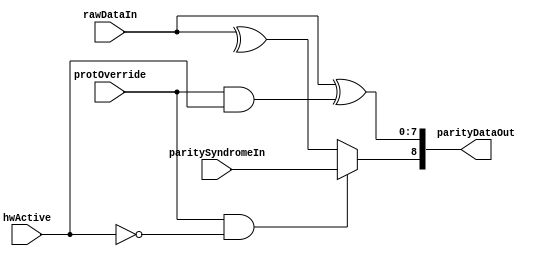
//////////////////////////////////////////////////////////////////////////////
// Copyright (c) 2006, Cisco Systems, Inc.
// All Rights Reserved.
//
// This is UNPUBLISHED PROPRIETARY SOURCE CODE of Cisco Systems, Inc;
// the contents of this file may not be disclosed to third parties, copied or
// duplicated in any form, in whole or in part, without the prior written
// permission of Cisco Systems, Inc.
//
// RESTRICTED RIGHTS LEGEND:
// Use, duplication or disclosure by the Government is subject to restrictions
// as set forth in subdivision (c)(1)(ii) of the Rights in Technical Data
// and Computer Software clause at DFARS 252.227-7013, and/or in similar or
// successor clauses in the FAR, DOD or NASA FAR Supplement. Unpublished -
// rights reserved under the Copyright Laws of the United States.
//
//////////////////////////////////////////////////////////////////////////////
//
// File          : CapParityGen
// Description   : Parity Generator
// $Heading$
//
//
//////////////////////////////////////////////////////////////////////////////


`timescale 1ns / 1ns

module CapParityGen 
   #(parameter WIDTH =8)
   ( 
    input  wire [WIDTH-1:0]                rawDataIn,
    input  wire                            hwActive,
    input  wire [0:0]                      paritySyndromeIn,
    input  wire                            protOverride,
     
    output wire [WIDTH:0]                  parityDataOut
   );

`ifdef CAP_PARITY_GLOBAL_BYPASS

   assign parityDataOut = {1'b0, rawDataIn};

`else

   wire             parityOut;
   wire [WIDTH-1:0] dataOut;

   assign parityOut = (protOverride & ~hwActive) ? paritySyndromeIn : ^rawDataIn;
   assign dataOut = rawDataIn ^ { {(WIDTH-1) {1'b0}}, (protOverride & hwActive)};

   assign parityDataOut = {parityOut, dataOut};
      
`endif
   
endmodule // CapParityGen


        
       
//
//$Log: CapParityGen.v,v $
//Revision 1.1  2013/01/31 03:10:12  abhasin2
//Adding files to dglobal used for memory instantiation in cray
//
//Revision 4.1  2012/03/13 22:25:42  rvish
//initial checkin for dopplerd with name changes. 4 tests fail in commit_regress - JtagDeviceIdJtagChipVTest, commitRtsCsmTestArray, PuzzleCoreEmulFlistTest and PlcResolutionBasicPlcTest
//
//Revision 4.0  2012/03/11 07:02:42  glambida
//Incrementing revision to 4.0
//
//Revision 3.1  2011/01/13 21:00:48  abbanerj
//global replace of doppler with dopplerd
//
//Revision 3.0  2011/01/13 19:53:21  abbanerj
//initial checkin for dopplerdcs.  start from version 3.0
//
//Revision 1.3  2010/02/19 03:07:48  gregries
//For Cap:
//- changed to not assert syndrome capture on R-M-W with protoverride set
//- changed behavior of hw write with protoverride set to inject 1-bit error
//- delay start of BIP gen if startBipCheck is clear
//
//For Nfl:
//- take in new CapTransactor required for above Cap changes
//- move 1-port FIFOs over to a custom one based on clock-gated pipeline mode
//- fix some unused, floating signals
//
//Revision 1.2  2009/03/05 17:38:54  olicht
//IZ#2948: cosim performance :add hooks to eliminate parity,ecc,elam inside cap wrappers
//
//Revision 1.1  2008/03/25 04:53:58  sanam
//Initial Check in For CAP Wrappers
//
//